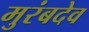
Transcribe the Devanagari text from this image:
मुरंबदेव